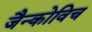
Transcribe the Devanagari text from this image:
जैन्कोविच